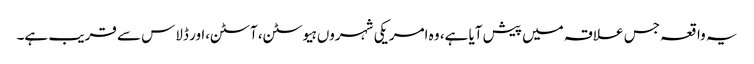
یہ واقعہ جس علاقہ میں پیش آیا ہے، وہ امریکی شہروں ہیوسٹن، آسٹن،ا ور ڈلاس سے قریب ہے۔